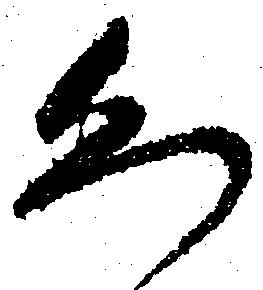
恐